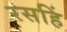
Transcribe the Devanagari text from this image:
रसहिं